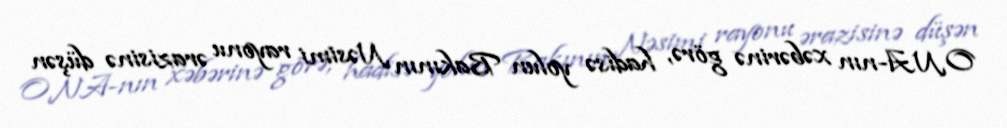
ONA-nın xəbərinə görə, hadisə yolun Bakının Nəsimi rayonu ərazisinə düşən